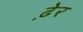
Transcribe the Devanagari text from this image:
ढे़र